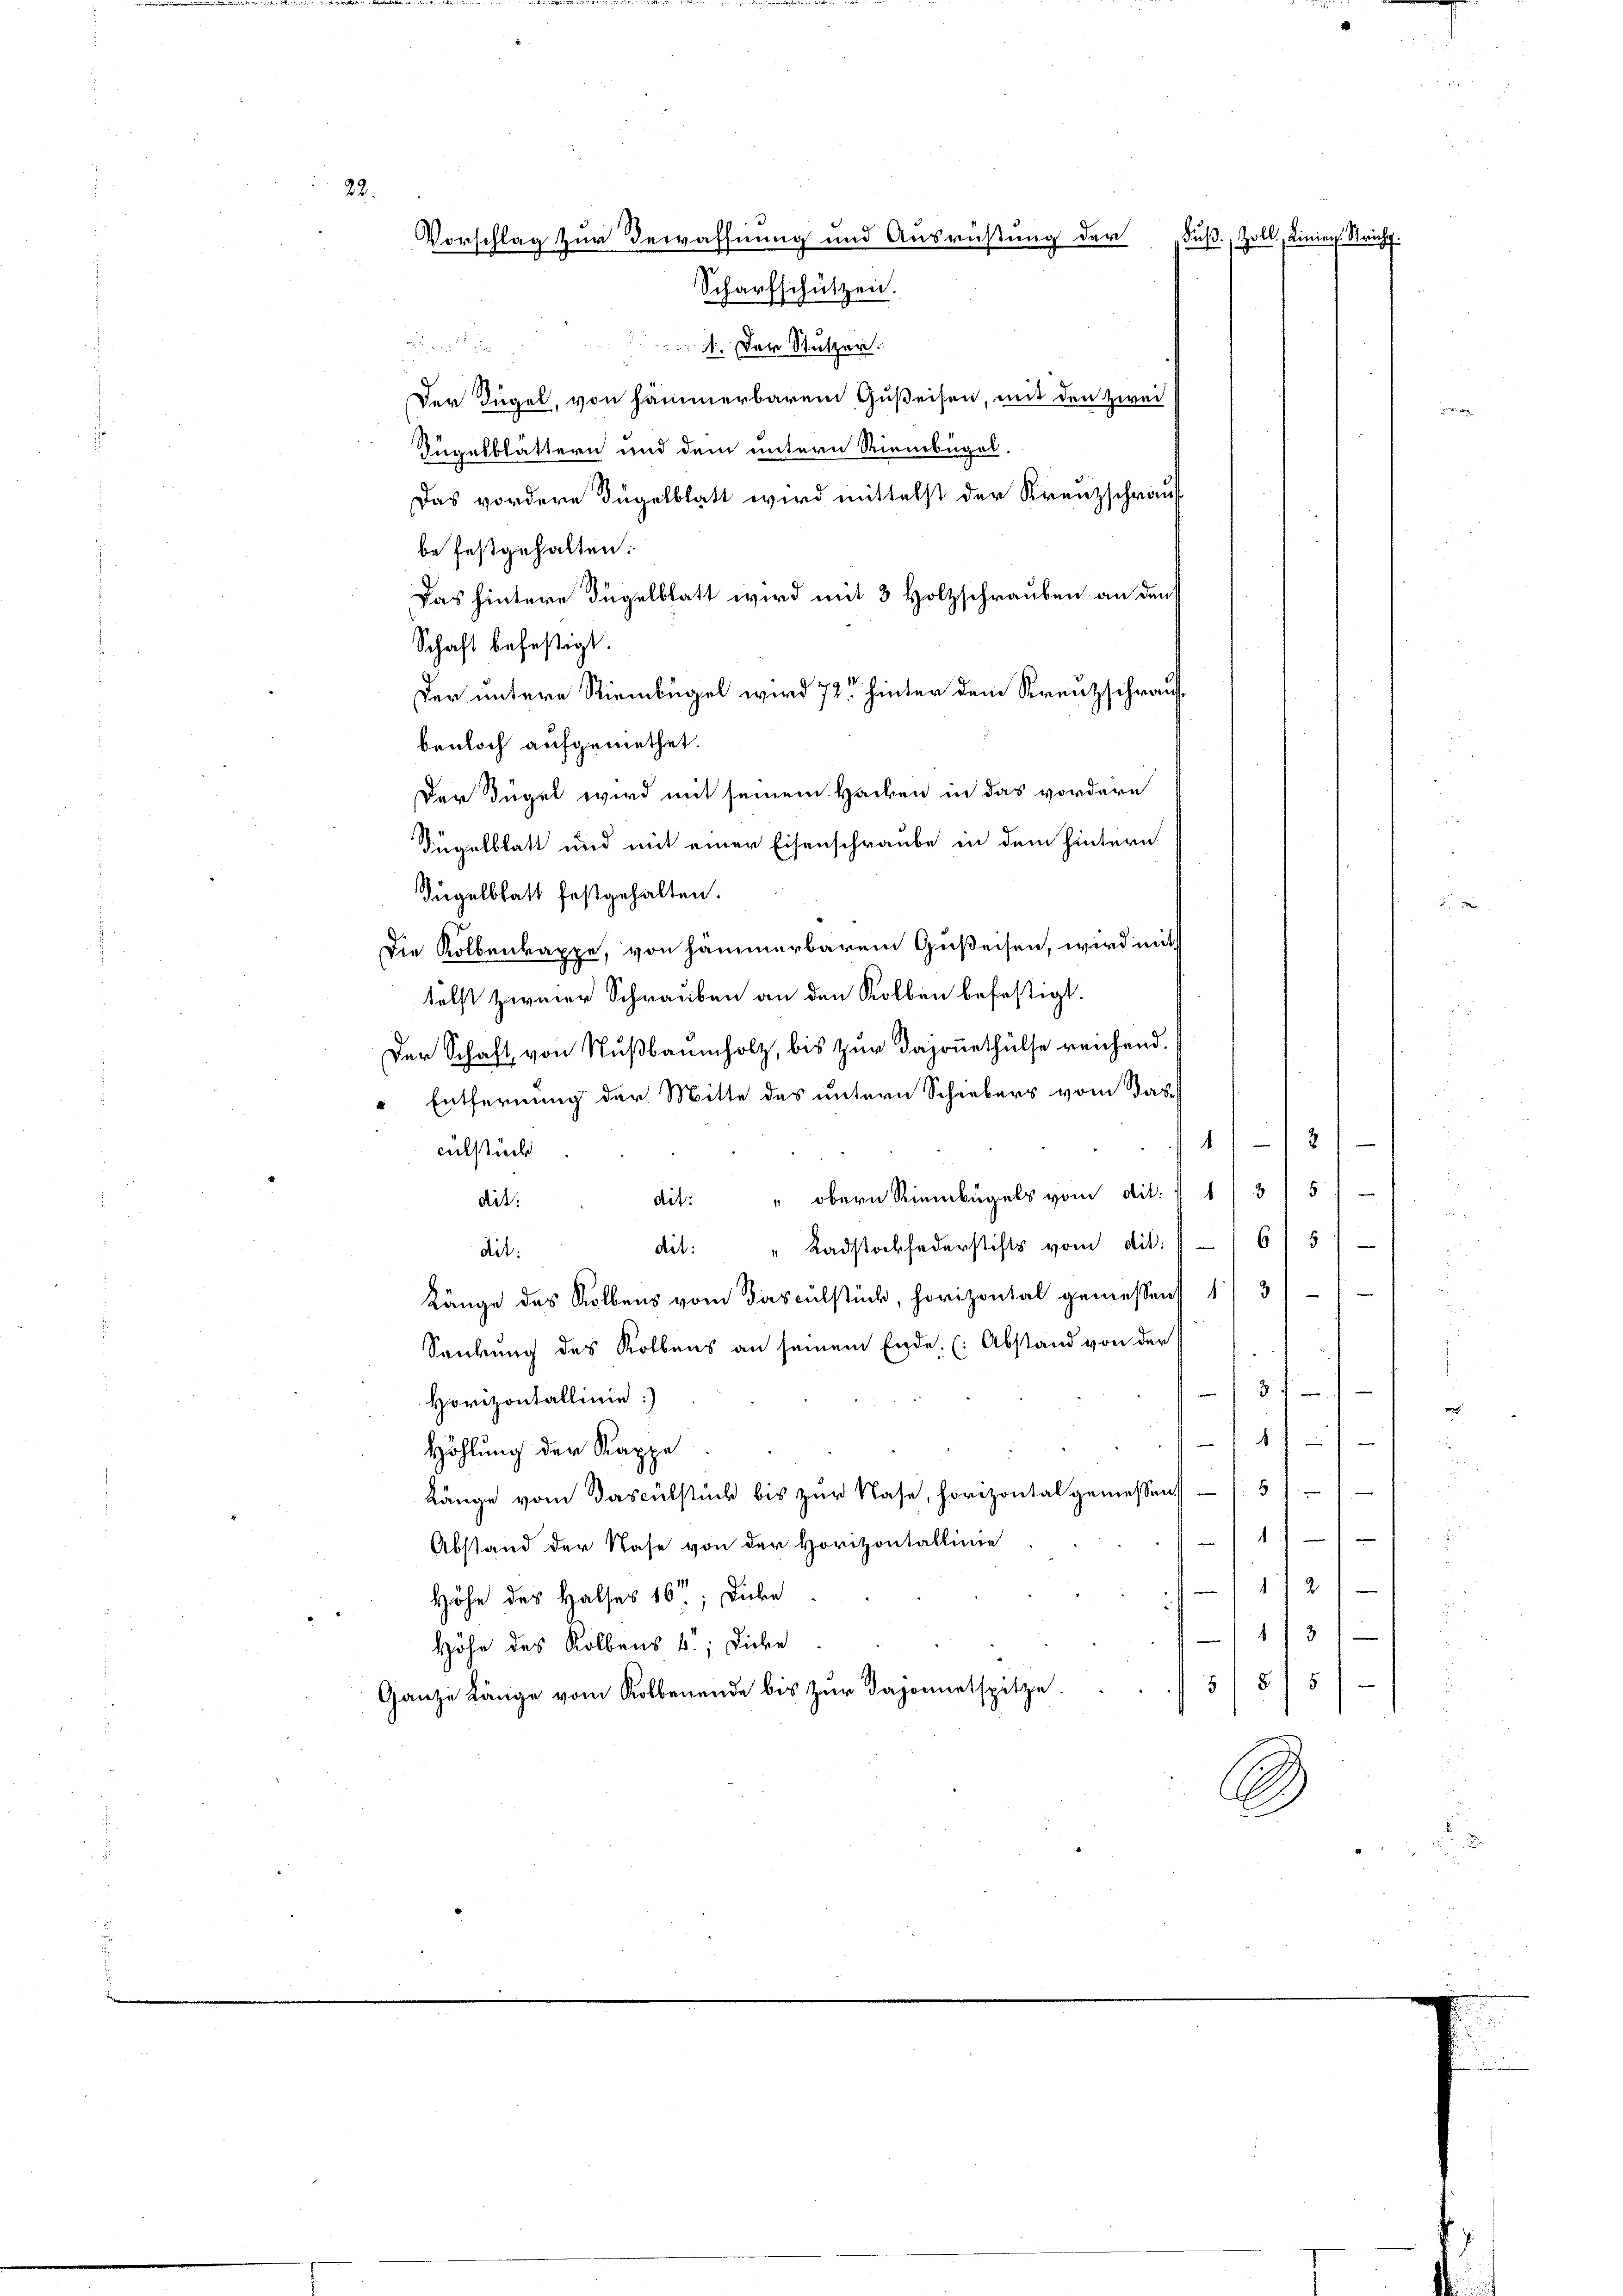
Tügelblättern und dem untern Stienbügel-
Das vordere Fügelblatt wird mittelst der Krenzschrauf
be festgehalten:
Das hintere Fügelblatt wird mit 3 Holzschrauben an den
Schaft befestigt.
Der untere Riembügel wird 72 hinter dem Krenzschrauf
benloch aufgemethet.
Der Fügel wird mit seinem Hacken in das vordern
Fügelblatt und mit einer Eisenschraube in dem hintern
Fügelblatt festgehalten.

Die Kollenkappe, von hämmerbarem Gußeisen, wird mit
telst zweier Schrauben an den Kolben befestigt.
Der Schaft von Nußbaumholz, bis zur Dajonethülfe reichend.
" Entfernung der Mitte des untern Schiebers vom Sass
2

1
culstück
i
dit: " obern Riembügels vom dit: " 11315)
diet:
d
dit: "Ladstockfederstifts vom dit: 16/ 5
dit:
d
Länge des Kollens vom Tasculstück, horizontal gemessens 1/3 11
i
Senkung des Kollens an seinem Ende, (Abstand von der
s
31
Horizontallinie)
e
14
Höhlung der Kappe
Länge vom Dascülstück bis zur Nase, horizontal gemessen / 57)
.
Abstand der Nase von der Horizontallinie
11121
Höhe des Halses 16t; Diebe
13
Höhe des Kollens 4. Diebe
55 f. 5)
Ganze Länge vom Kollenende bis zur Dajonetspitze.

22.
Vorschlag zur Bewaffnung und Ausrüßung der
Fuß. Zoll, Linien. Reichf
Scharfschützen.

4. Der Stutzer.
Der Dügel, von sämmerbarem Gußeisen, mit den Zwei